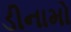
ડીનામો